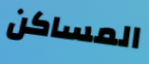
المساكن